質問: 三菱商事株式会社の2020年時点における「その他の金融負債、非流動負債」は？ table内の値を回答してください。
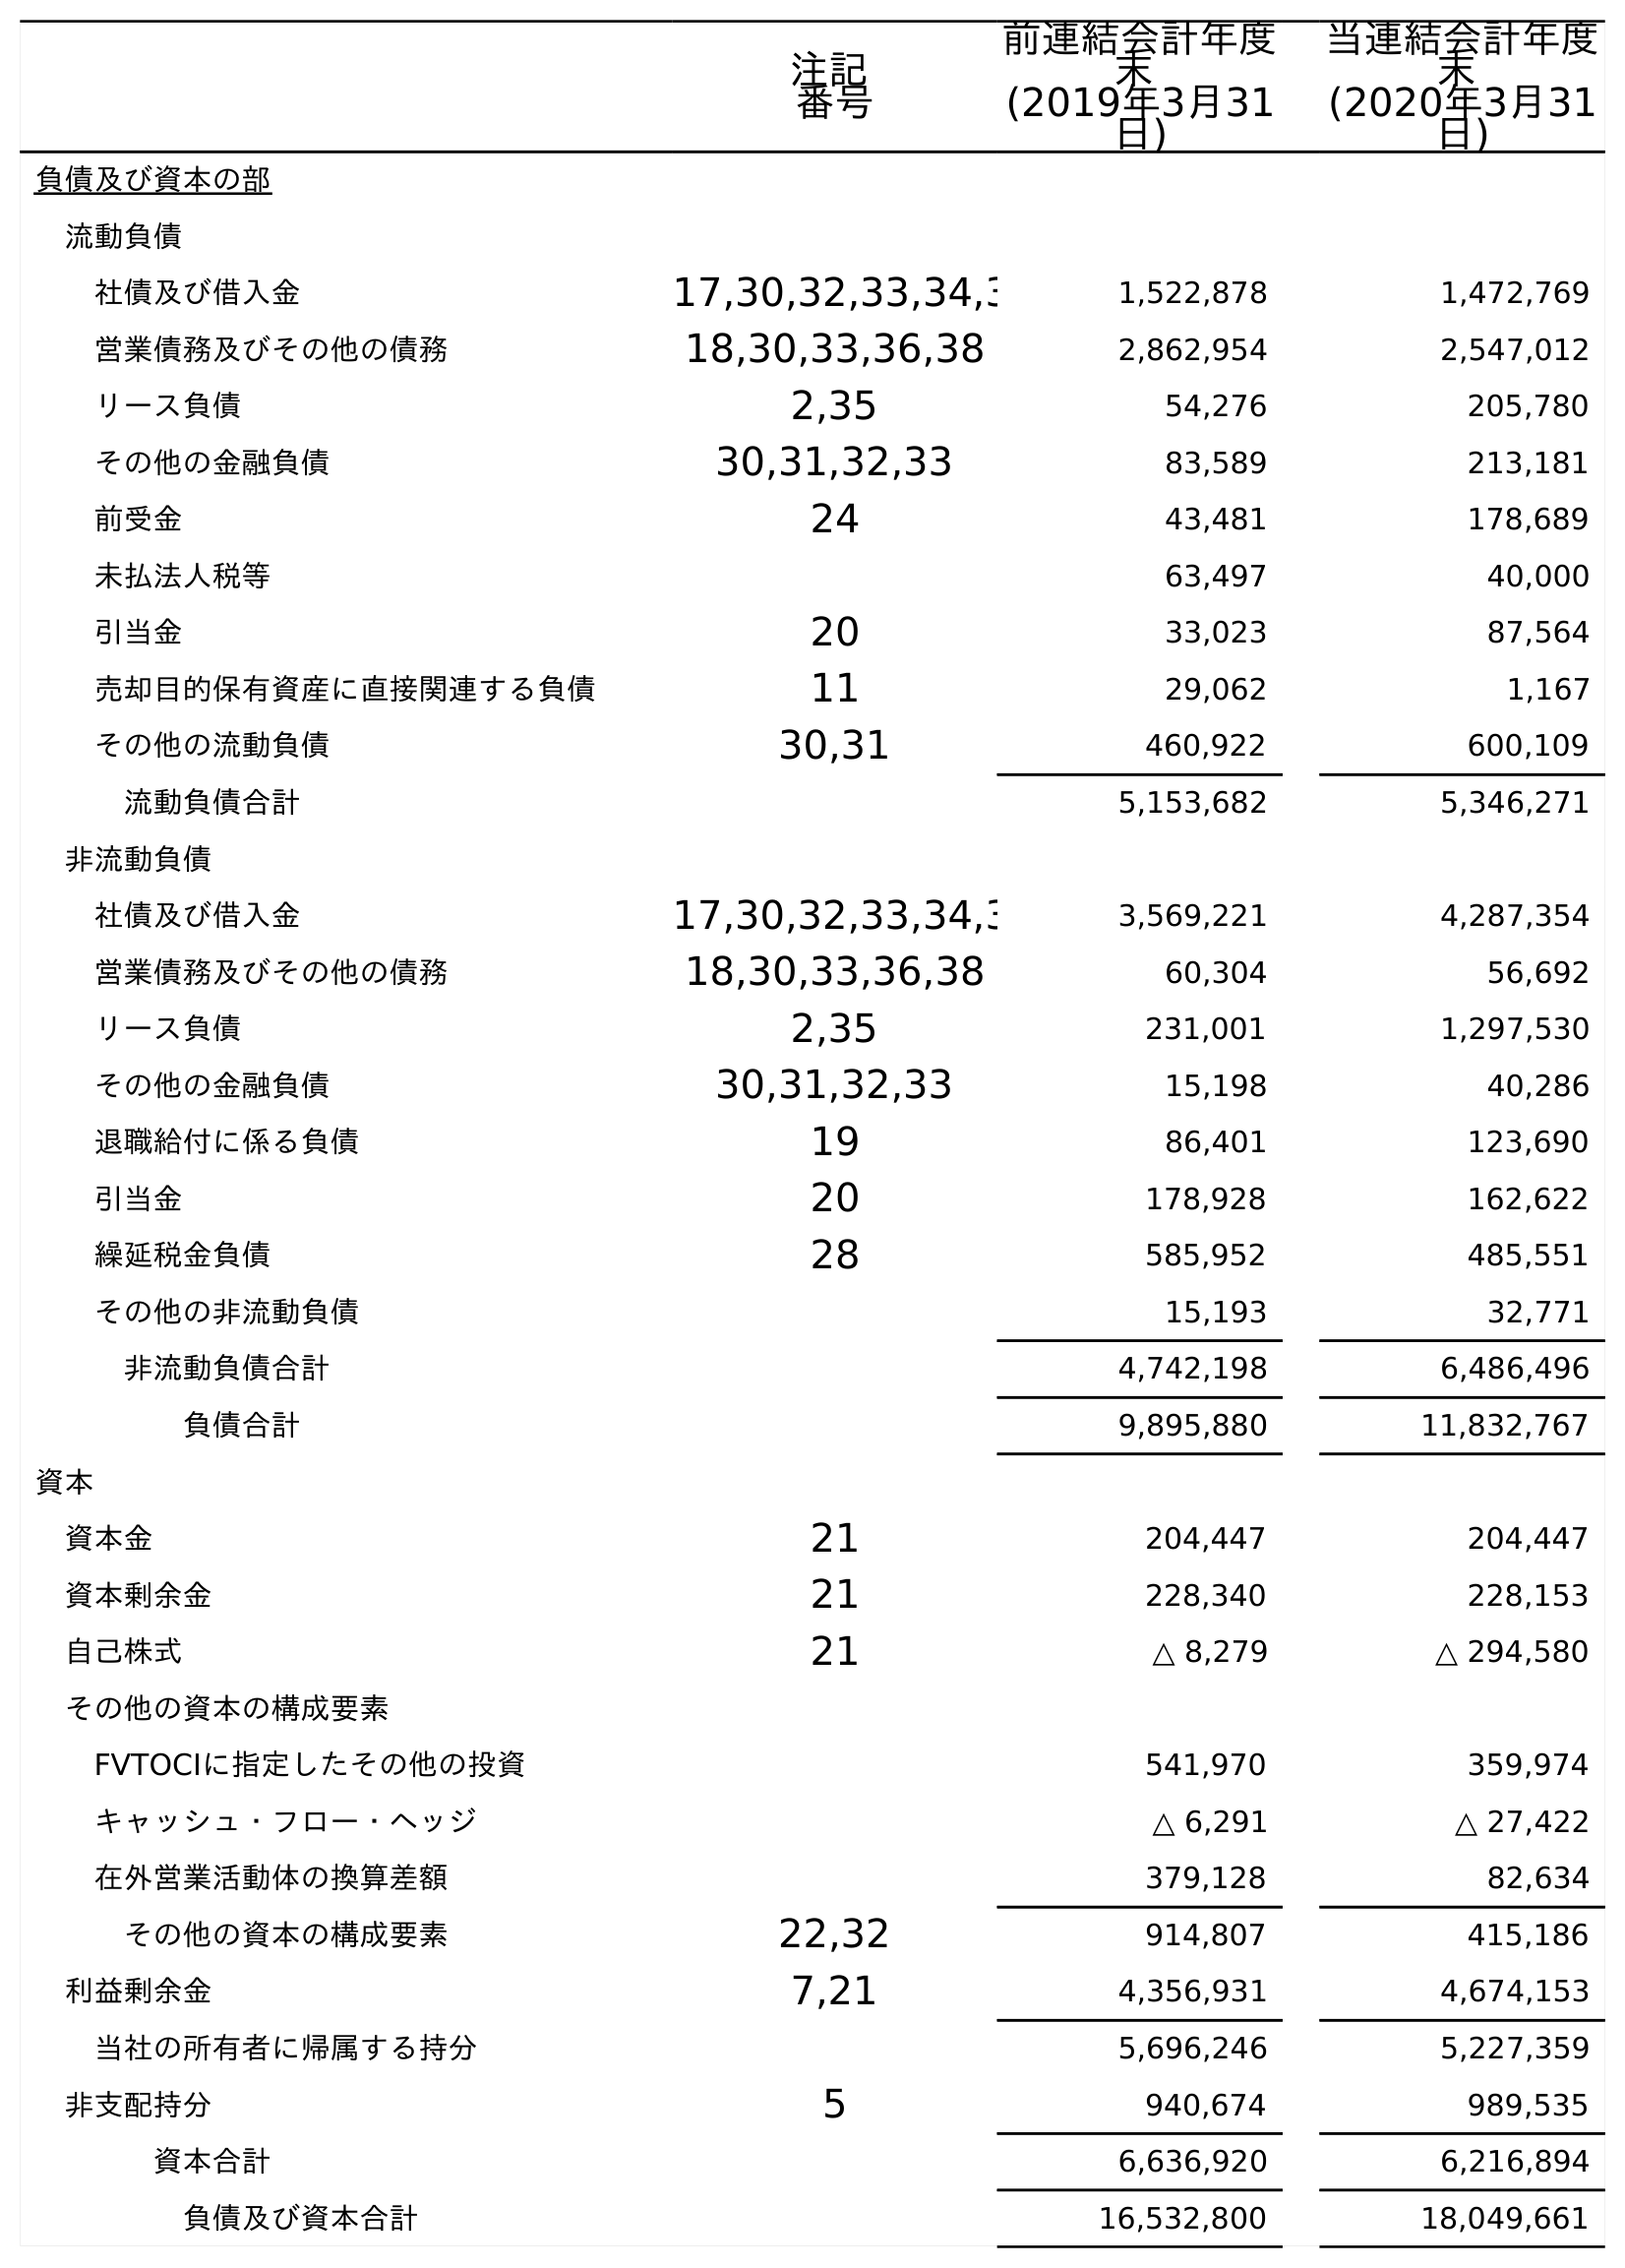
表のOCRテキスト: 注記 番号 前連結会計年度 末 (2019年3月31 日) 当連結会計年度 末 (2020年3月31 日) 負債及び資本の部 流動負債 社債及び借入金 17,30,32,33,34,3 1,522,878 1,472,769 営業債務及びその他の債務 18,30,33,36,38 2,862,954 2,547,012 リース負債 2,35 54,276 205,780 その他の金融負債 30,31,32,33 83,589 213,181 前受金 24 43,481 178,689 未払法人税等 63,497 40,000 引当金 20 33,023 87,564 売却目的保有資産に直接関連する負債 11 29,062 1,167 その他の流動負債 30,31 460,922 600,109 流動負債合計 5,153,682 5,346,271 非流動負債 社債及び借入金 17,30,32,33,34,3 3,569,221 4,287,354 営業債務及びその他の債務 18,30,33,36,38 60,304 56,692 リース負債 2,35 231,001 1,297,530 その他の金融負債 30,31,32,33 15,198 40,286 退職給付に係る負債 19 86,401 123,690 引当金 20 178,928 162,622 繰延税金負債 28 585,952 485,551 その他の非流動負債 15,193 32,771 非流動負債合計 4,742,198 6,486,496 負債合計 9,895,880 11,832,767 資本 資本金 21 204,447 204,447 資本剰余金 21 228,340 228,153 自己株式 21 △ 8,279 △ 294,580 その他の資本の構成要素 FVTOCIに指定したその他の投資 541,970 359,974 キャッシュ・フロー・ヘッジ △ 6,291 △ 27,422 在外営業活動体の換算差額 379,128 82,634 その他の資本の構成要素 22,32 914,807 415,186 利益剰余金 7,21 4,356,931 4,674,153 当社の所有者に帰属する持分 5,696,246 5,227,359 非支配持分 5 940,674 989,535 資本合計 6,636,920 6,216,894 負債及び資本合計 16,532,800 18,049,661
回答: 40,286